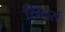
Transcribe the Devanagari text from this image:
रिग्लर्स